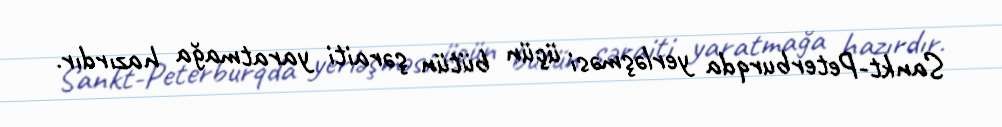
Sankt-Peterburqda yerləşməsi üçün bütün şəraiti yaratmağa hazırdır.